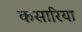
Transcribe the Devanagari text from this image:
कसारिया